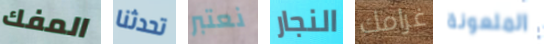
المفك تحدثنا نعتبر النجار غرامك الملعونة